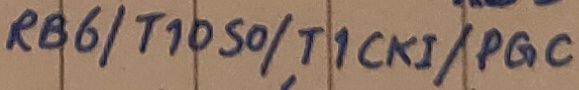
Text: RB6/T1050/T1CKi/PGC